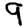
Digit: 9